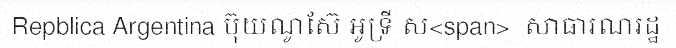
Repblica Argentina ប៊ុយណូស៊ែ អូទ្រី ស<span>  សាធារណរដ្ឋ